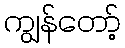
ကျွန်တော့်